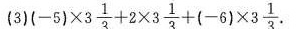
(3)$$( - 5 ) \times 3 \frac { 1 } { 3 } + 2 \times 3 \frac { 1 } { 3 } + ( - 6 ) \times 3 \frac { 1 } { 3 }$$.